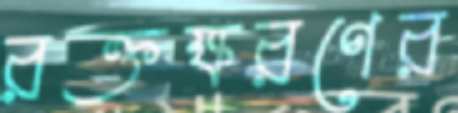
রক্তক্ষরণের